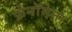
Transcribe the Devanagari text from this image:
फ़ेनॉमेना